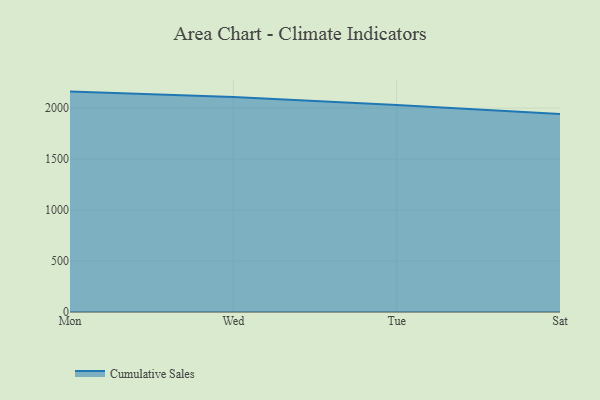
{"axis": {"x": "Day", "y": "Gross Profit (USD K)"}, "legend": ["Cumulative Sales"], "data": [{"x": "Mon", "y": 2161.6, "type": "Cumulative Sales"}, {"x": "Wed", "y": 2108.8, "type": "Cumulative Sales"}, {"x": "Tue", "y": 2029.6, "type": "Cumulative Sales"}, {"x": "Sat", "y": 1943.1, "type": "Cumulative Sales"}]}